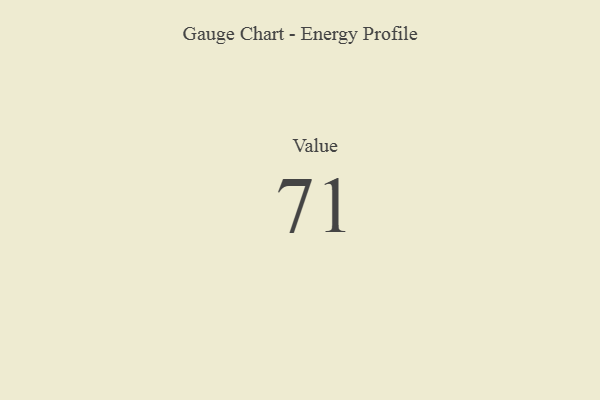
{"axis": {"x": "Metric", "y": "Value"}, "legend": [""], "data": [{"x": "Value", "y": 71, "type": ""}]}